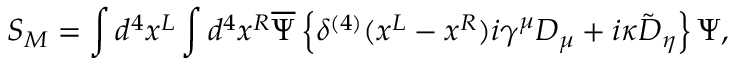
S _ { M } = \int d ^ { 4 } x ^ { L } \int d ^ { 4 } x ^ { R } \overline { { { \Psi } } } \left\{ \delta ^ { ( 4 ) } ( x ^ { L } - x ^ { R } ) i \gamma ^ { \mu } D _ { \mu } + i \kappa \tilde { D } _ { \eta } \right\} \Psi ,